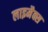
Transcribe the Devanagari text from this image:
लाइमैक्स